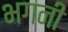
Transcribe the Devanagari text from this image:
भगनी